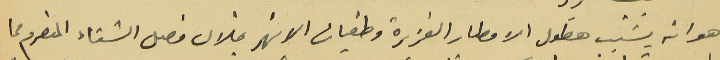
هو انه بسَبب هطول الامطار الغزيرة وطغيان الانهر خلال فصل الشتاء المنصرم ما